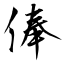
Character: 俸